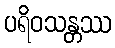
ပရိဝသန္တဿ